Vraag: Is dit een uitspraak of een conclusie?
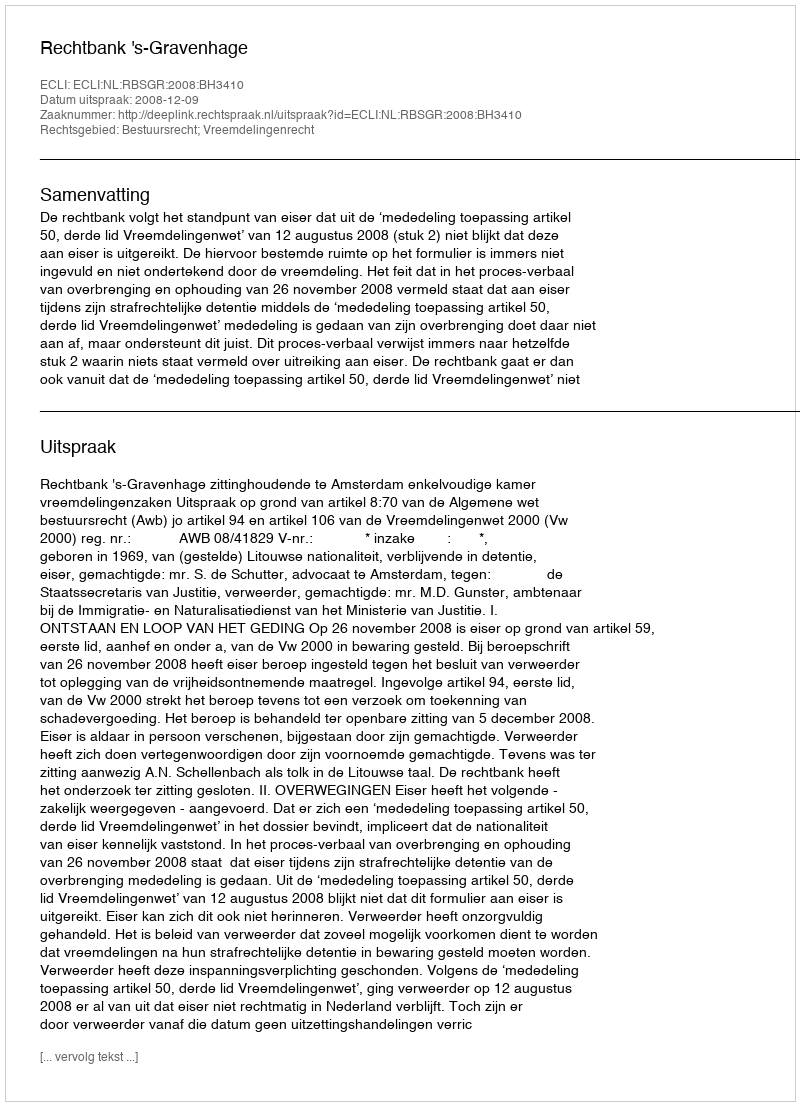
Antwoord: Uitspraak